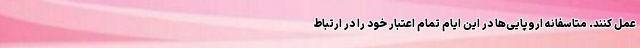
عمل کنند. متاسفانه اروپایی‌ها در این ایام تمام اعتبار خود را در ارتباط